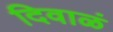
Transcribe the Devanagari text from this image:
दिवाळं